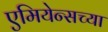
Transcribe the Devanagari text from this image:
एमियेन्सच्या